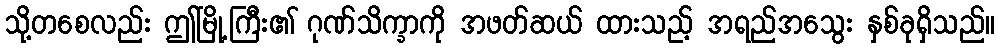
သို့တစေလည်း ဤမြို့ကြီး၏ ဂုဏ်သိက္ခာကို အဖတ်ဆယ် ထားသည့် အရည်အသွေး နှစ်ခုရှိသည်။